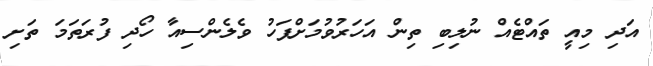
އަދި މިއީ ތައްޓެއް ނުލިބި ތިން އަހަރުވުމަށްފަހު ވެލެންސިއާ ހޯދި ފުރަތަމަ ތަށި